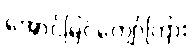
အောင်မြင်ကျော်ကြား